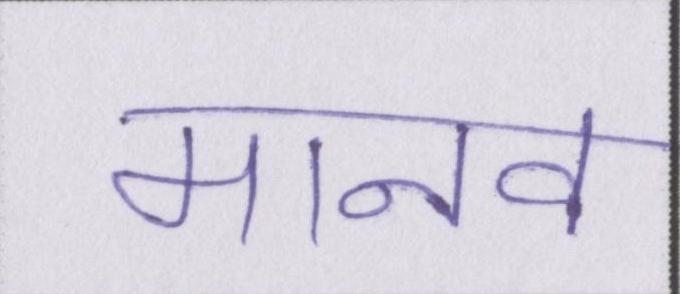
मानव